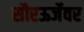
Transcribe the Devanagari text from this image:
सौरऊर्जेवर